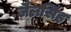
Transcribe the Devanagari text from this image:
जैलसिंह